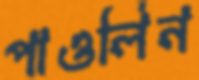
পাওলিন